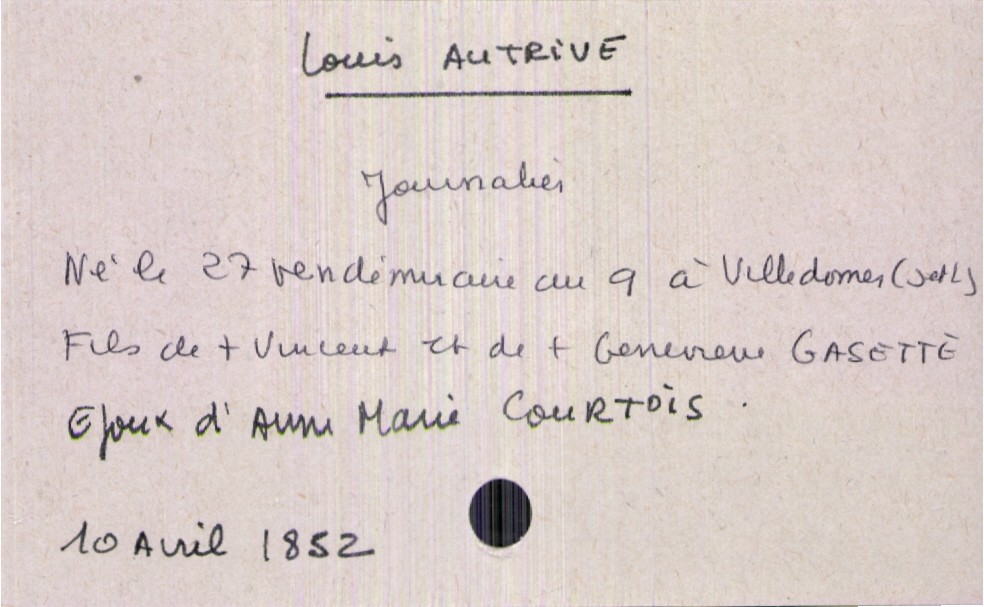
type_acte: Décès
année: 1852
mois: avril
jour: 10
défunt_nom: Autrive
défunt_prénom: Louis
défunt_sexe: H
défunt_profession: journalier
défunt_date_de_naissance: 27 vendémiaire an 9
défunt_lieu_de_naissance: Villedomer (Indre et Loire)
défunt_statut: marié(e)
père_défunt_nom: Autrive
père_défunt_prénom: Vincent
père_défunt_statut: décédé
mère_défunt_nom: Gasette
mère_défunt_prénom: Genevieve
mère_défunt_statut: décédée